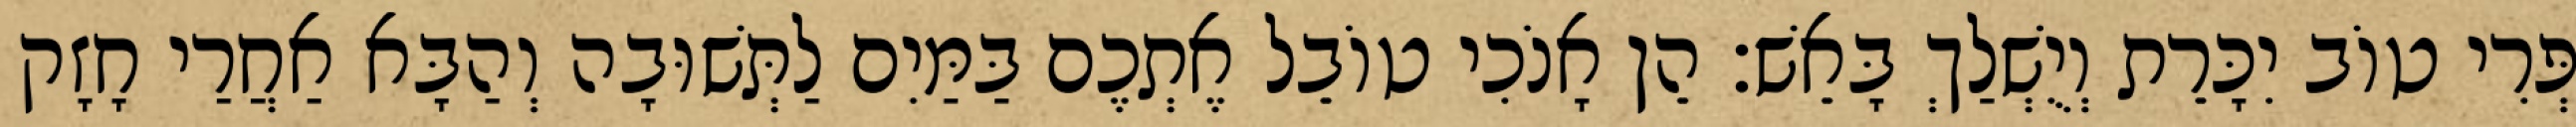
פְּרִי טוֹב יִכָּרֵת וְיֻשְׁלַךְ בָּאֵשׁ׃ הֵן אָנֹכִי טוֹבֵל אֶתְכֶם בַּמַּיִם לַתְּשׁוּבָה וְהַבָּא אַחֲרַי חָזָק